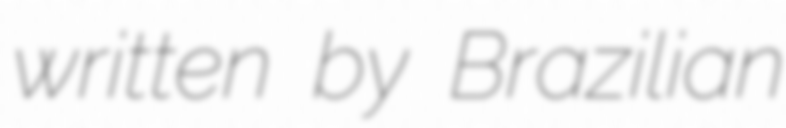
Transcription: written by Brazilian